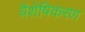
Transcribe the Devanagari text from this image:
वैशेषिकरण